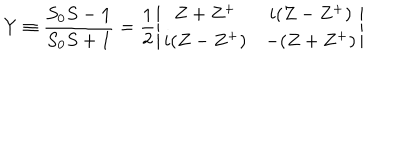
LaTeX: Y \equiv \frac { S _ { 0 } S - { \bf 1 } } { S _ { 0 } S + { \bf 1 } } = \frac { 1 } { 2 } \left| \begin{array} { c c } { { Z + Z ^ { + } } } & { { i ( Z - Z ^ { + } ) } } \\ { { i ( Z - Z ^ { + } ) } } & { { - ( Z + Z ^ { + } ) } } \\ \end{array} \right|